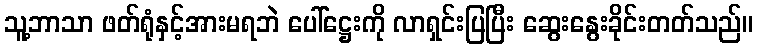
သူ့ဘာသာ ဖတ်ရုံနှင့်အားမရဘဲ ပေါ်ဋ္ဌေးကို လာရှင်းပြပြီး ဆွေးနွေးခိုင်းတတ်သည်။